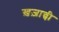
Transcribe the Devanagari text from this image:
ख़ज़ान्ची